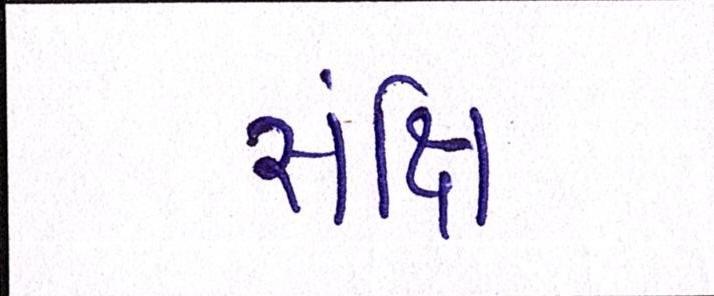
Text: સંક્ષિ